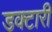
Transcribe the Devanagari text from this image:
डक्टारी